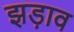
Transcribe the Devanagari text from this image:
झड़ाव